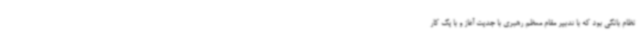
نظام بانکی بود که با تدبیر مقام معظم رهبری با جدیت آغاز و با یک کار